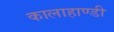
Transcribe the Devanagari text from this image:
कालाहाण्डी